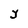
Character: Y